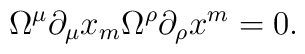
\Omega^\mu \partial_\mu x_m \Omega^\rho \partial_\rho x^m =0.